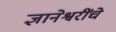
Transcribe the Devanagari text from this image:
ज्ञानेश्वरींचे